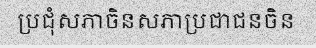
ប្រជុំសភាចិនសភាប្រជាជនចិន